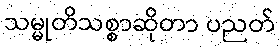
သမ္မုတိသစ္စာဆိုတာ ပညတ်